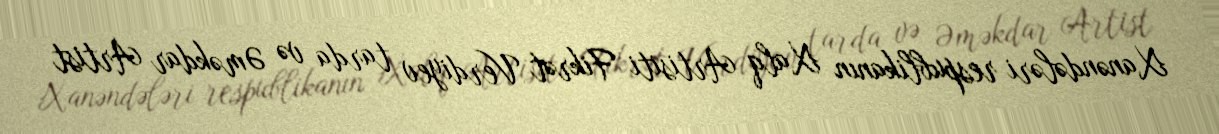
Xanəndələri respublikanın Xalq Artisiti Fikrət Verdiyev tarda və Əməkdar Artist